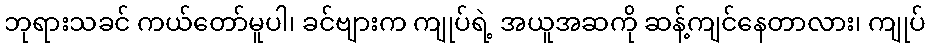
ဘုရားသခင် ကယ်တော်မူပါ၊ ခင်ဗျားက ကျုပ်ရဲ့ အယူအဆကို ဆန့်ကျင်နေတာလား၊ ကျုပ်